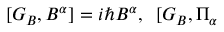
\lbrack G _ { B } , B ^ { \alpha } ] = i \hbar B ^ { \alpha } , \; \; [ G _ { B } , \Pi _ { \alpha }